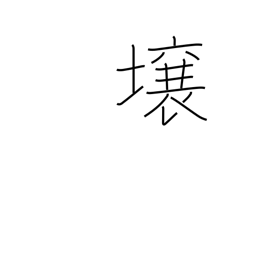
Meaning: lot